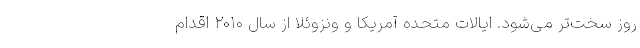
روز سخت‌تر می‌شود. ایالات متحده آمریکا و ونزوئلا از سال ۲۰۱۰ اقدام